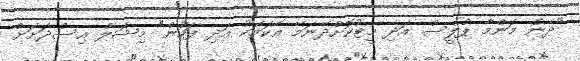
"ދެން މަންމާ ޕްލީސް އަދި މީޓުކޮށްދޭނަމޭ އެކަމަކު އަދި ފަހުން" މިޝަލް އިސްދަށަށް